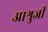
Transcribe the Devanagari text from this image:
आश्रुजी